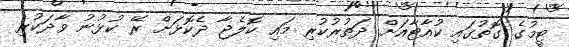
ޓީމުގެ ގޮތުގައި ކުއާޓާއަށް ދަތުރުކުރި މައި ކޮލެޖާ ދެކޮޅަށް ރޭ ކުޅުނު ވާދަކުރި